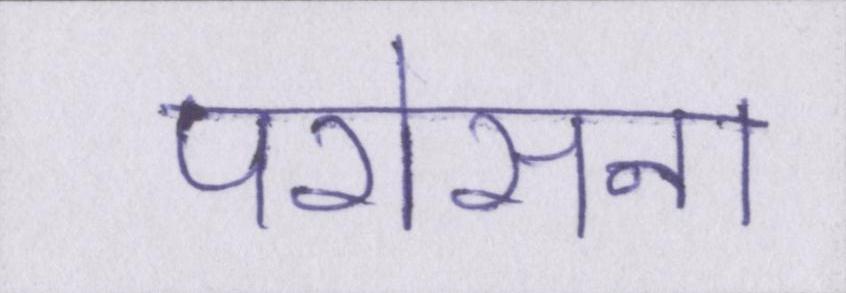
परोसना